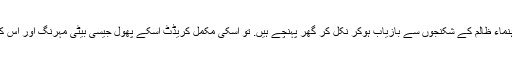
اگر آج نصیر جان جیسے سیاسی طلباء رہنماء ظالم کے شکنجوں سے بازیاب ہوکر نکل کر گھر پہنچے ہیں. تو اسکی مکمل کریڈٹ اسکے پھول جیسی بیٹی مہرنگ اور اس کیمپ میں بیٹھے ہر ہم فکر سنکت کا ہے۔